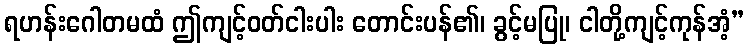
ရဟန်းဂေါတမထံ ဤကျင့်ဝတ်ငါးပါး တောင်းပန်၏၊ ခွင့်မပြု၊ ငါတို့ကျင့်ကုန်အံ့”